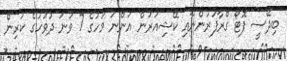
ބިދޭސީ ފޮޓޯ ގްރާފަރުންނާއި ކޭޝިއަރުން އަންނަ މަހުގެ 7 ވަނަ ދުވަހުގެ ކުރިން